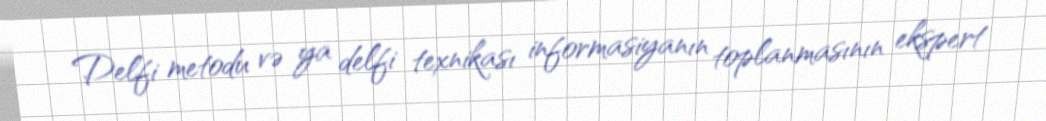
Delfi metodu və ya delfi texnikası informasiyanın toplanmasının ekspert